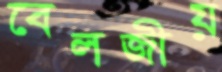
বেলজীয়